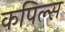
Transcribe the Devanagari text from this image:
कपिल्स